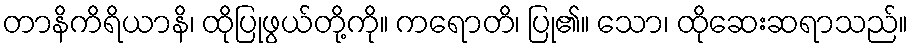
တာနိကိရိယာနိ၊ ထိုပြုဖွယ်တို့ကို။ ကရောတိ၊ ပြု၏။ သော၊ ထိုဆေးဆရာသည်။